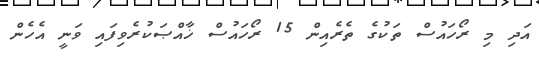
އަދި މި ރޯހައުސް ތަކުގެ ތެރެއިން 15 ރޯހައުސް ޚާއްޞަކުރެވިފައި ވަނީ އެހެން